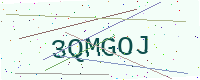
Text: 3QMGOJ